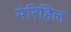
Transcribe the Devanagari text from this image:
मेरिहिल